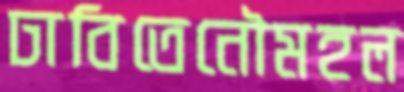
ঢাবিতেনৌমহল